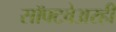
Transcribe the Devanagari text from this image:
सॉफ्टवेअरही